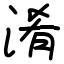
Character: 淆